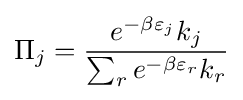
\Pi _{j}={\frac {e^{-\beta \varepsilon _{j}}k_{j}}{\sum _{r}e^{-\beta \varepsilon _{r}}k_{r}}}